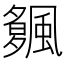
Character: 𩘠